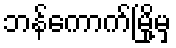
ဘန်ကောက်မြို့မှ